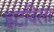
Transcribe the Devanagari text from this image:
हटविला